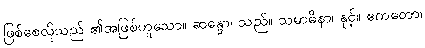
ဖြစ်စေလိုသည် ၏အဖြစ်ဟူသော။ ဆန္ဒော၊ သည်။ သမာဓိနာ၊ နှင့်။ ဧကတော၊